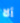
ألا